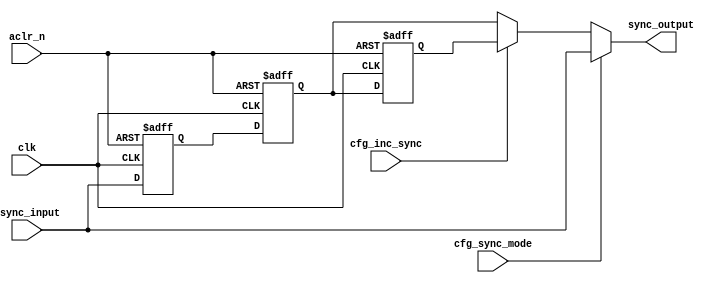
// (C) 2001-2016 Intel Corporation. All rights reserved.
// Your use of Intel Corporation's design tools, logic functions and other 
// software and tools, and its AMPP partner logic functions, and any output 
// files any of the foregoing (including device programming or simulation 
// files), and any associated documentation or information are expressly subject 
// to the terms and conditions of the Intel Program License Subscription 
// Agreement, Intel MegaCore Function License Agreement, or other applicable 
// license agreement, including, without limitation, that your use is for the 
// sole purpose of programming logic devices manufactured by Intel and sold by 
// Intel or its authorized distributors.  Please refer to the applicable 
// agreement for further details.


`timescale 1 ps / 1 ps

`define RTL_SIMULATION_ONLY

module hmctl_synchronizer
			#(
				parameter FIFO_ADDR_BITS = 'd4
			)(
				// clocks
				input clk,					// input clock to sync

				//resets
				input aclr_n,					// reset
				
				//boot time option
				input cfg_inc_sync,				// cfg param to unc sync length
				input cfg_sync_mode,				// cfg param to bypass this sync chain
				
				//async input
				input [FIFO_ADDR_BITS - 1 : 0]async_input,	// async input
				
				//sync output
				output [FIFO_ADDR_BITS -1 : 0]sync_output	// synchronized output
			);


`ifdef RTL_SIMULATION_ONLY

reg [FIFO_ADDR_BITS - 1 : 0] sync1, sync2, sync3;

always @(posedge clk, negedge aclr_n)
  begin
	if(aclr_n == 1'b0)
	begin
		sync3 <= {FIFO_ADDR_BITS{1'b0}};
		sync2 <= {FIFO_ADDR_BITS{1'b0}};
		sync1 <= {FIFO_ADDR_BITS{1'b0}};
	end
	else
		{sync3,sync2,sync1} <= {sync2,sync1,async_input};
  end
  
assign sync_output  = (cfg_sync_mode == 1'b0)? ((cfg_inc_sync == 1'b1)? sync3 : sync2) : async_input;

`else

wire [FIFO_ADDR_BITS - 1 : 0] sync2, sync3, sync_2_3;

generate
  genvar i;
  
  for (i=0; i< FIFO_ADDR_BITS; i=i+1)
  begin:sync
      SSYNC2DFCCNQD1BWP35LVT bit_sync_2
        (
         .SI  (1'b0),
         .D   (async_input[i]),
         .SE  (1'b0),	 	 
         .CP  (clk),
         .CDN (aclr_n),	 
         .Q   (sync2[i])
        );
     
      SMETADFCNQD1BWP35LVT   bit_sync_3
        (
         .SI  (1'b0),
         .D   (sync2[i]),
         .SE  (1'b0),	 	 
         .CP  (clk),
         .CDN (aclr_n),	 
         .Q   (sync3[i])
        );
  
      MUX2D1BWP35LVT         mux_2_3
        (
	 .I0(sync2[i]),
	 .I1(sync3[i]),
	 .S(cfg_inc_sync),
	 .Z(sync_2_3[i])
	);
	
      MUX2D1BWP35LVT         mux_bypass
        (
	 .I0(sync_2_3[i]),
	 .I1(async_input[i]),
	 .S(cfg_sync_mode),
	 .Z(sync_output[i])
	);
  end
endgenerate

`endif
  
endmodule